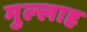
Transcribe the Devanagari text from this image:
मुल्‍लाह